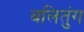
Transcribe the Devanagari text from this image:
बलितुंग